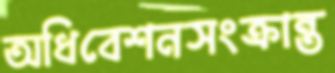
অধিবেশনসংক্রান্ত